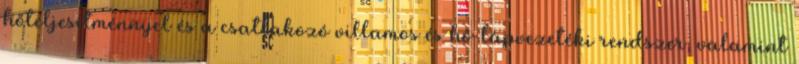
hőteljesítménnyel és a csatlakozó villamos és hő-tápvezetéki rendszer, valamint